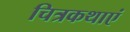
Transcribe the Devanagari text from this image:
चित्रकथाएं